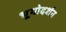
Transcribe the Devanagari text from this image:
भूयोदर्शन